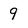
Character: 9